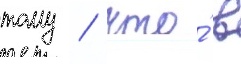
тому / что́ в